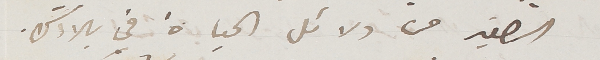
الصغير من دلائل الحياة في بلادك.